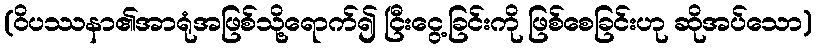
(ဝိပဿနာ၏အာရုံအဖြစ်သို့ရောက်၍ ငြီးငွေ့ခြင်းကို ဖြစ်စေခြင်းဟု ဆိုအပ်သော)